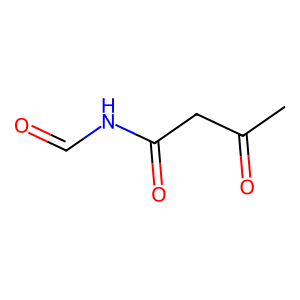
SMILES: CC(=O)CC(=O)NC=O
Inhibits HIV replication: No